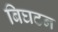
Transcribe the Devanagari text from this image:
बिघटन